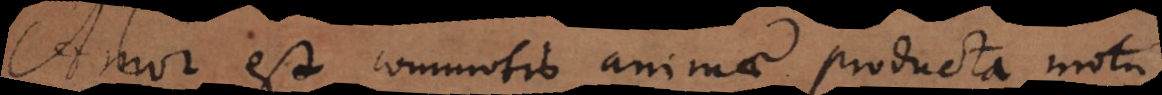
Amor est commotio animae producta motu